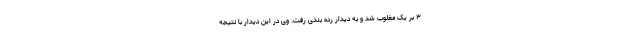
۳ بر یک مغلوب شد و به دیدار رده بندی رفت. وی در این دیدار با نتیجه